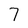
Character: 7